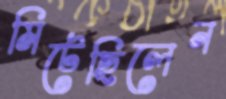
মিটেছিলেন